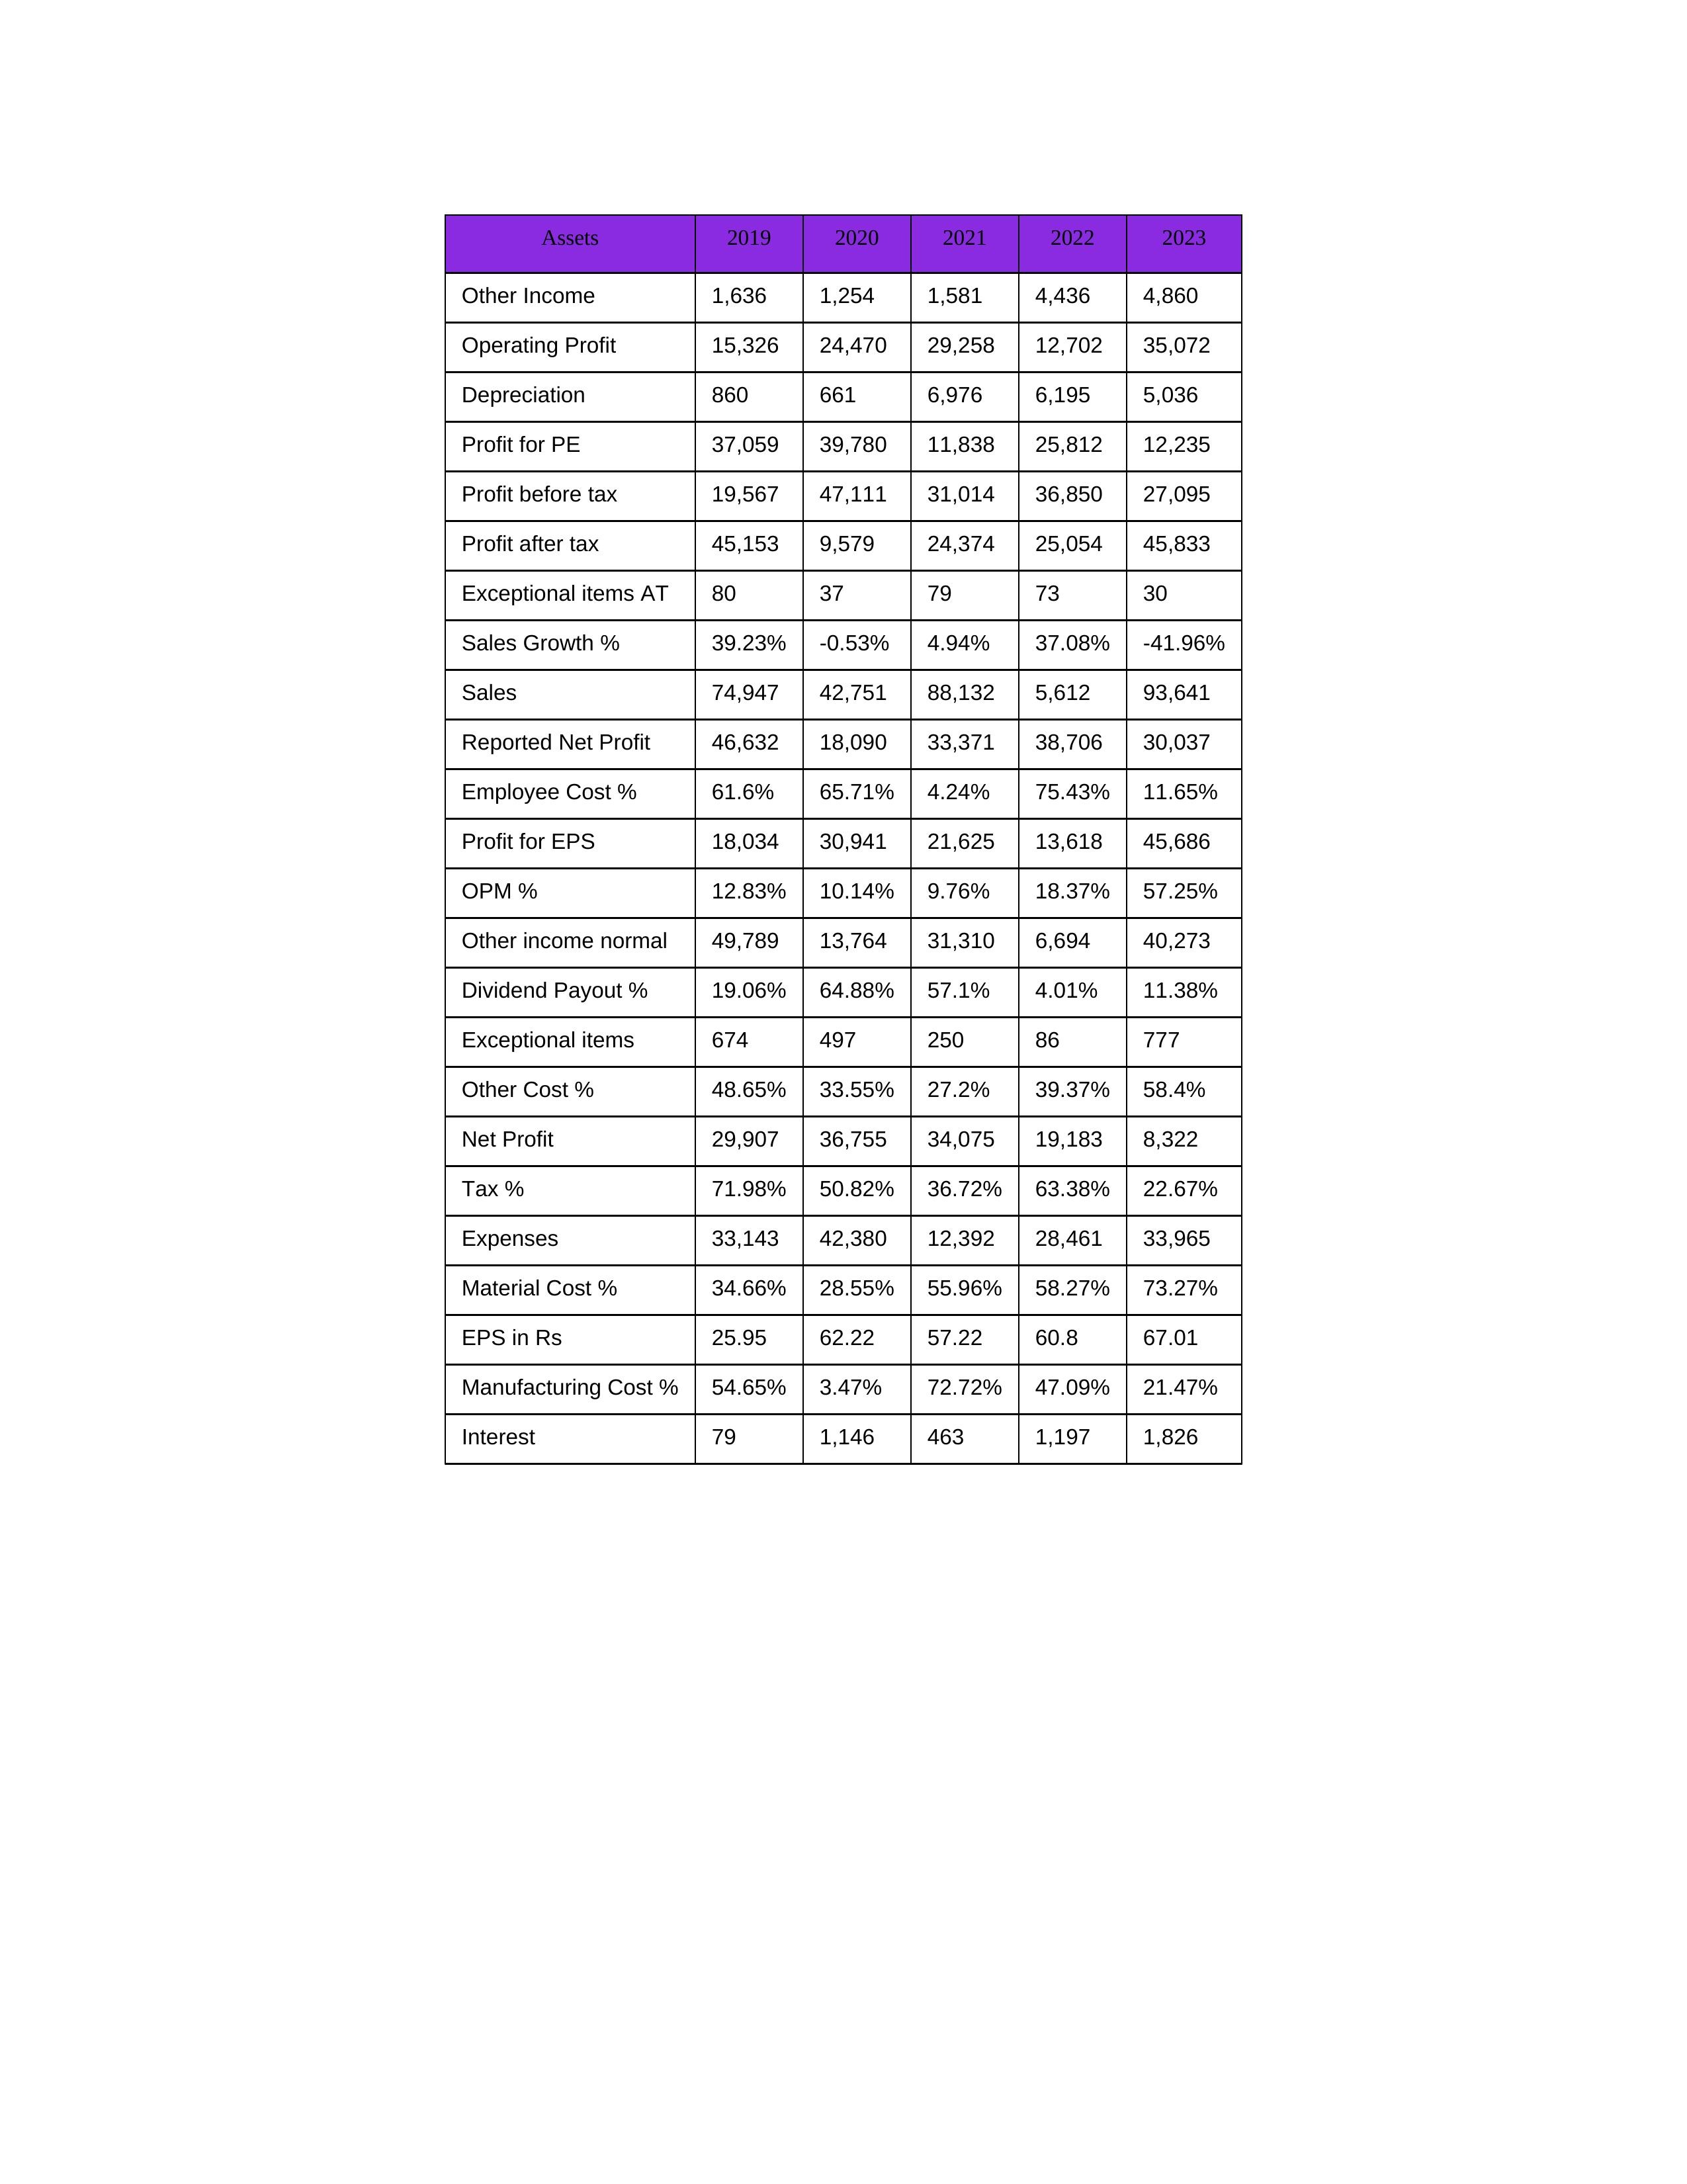
gt_parse: 2019: Sales: 74,947
Sales Growth %: 39.23%
Expenses: 33,143
Material Cost %: 34.66%
Manufacturing Cost %: 54.65%
Employee Cost %: 61.6%
Other Cost %: 48.65%
Operating Profit: 15,326
OPM %: 12.83%
Other Income: 1,636
Exceptional items: 674
Other income normal: 49,789
Interest: 79
Depreciation: 860
Profit before tax: 19,567
Tax %: 71.98%
Net Profit: 29,907
Profit after tax: 45,153
Reported Net Profit: 46,632
Profit for EPS: 18,034
Exceptional items AT: 80
Profit for PE: 37,059
EPS in Rs: 25.95
Dividend Payout %: 19.06%
2020: Sales: 42,751
Sales Growth %: -0.53%
Expenses: 42,380
Material Cost %: 28.55%
Manufacturing Cost %: 3.47%
Employee Cost %: 65.71%
Other Cost %: 33.55%
Operating Profit: 24,470
OPM %: 10.14%
Other Income: 1,254
Exceptional items: 497
Other income normal: 13,764
Interest: 1,146
Depreciation: 661
Profit before tax: 47,111
Tax %: 50.82%
Net Profit: 36,755
Profit after tax: 9,579
Reported Net Profit: 18,090
Profit for EPS: 30,941
Exceptional items AT: 37
Profit for PE: 39,780
EPS in Rs: 62.22
Dividend Payout %: 64.88%
2021: Sales: 88,132
Sales Growth %: 4.94%
Expenses: 12,392
Material Cost %: 55.96%
Manufacturing Cost %: 72.72%
Employee Cost %: 4.24%
Other Cost %: 27.2%
Operating Profit: 29,258
OPM %: 9.76%
Other Income: 1,581
Exceptional items: 250
Other income normal: 31,310
Interest: 463
Depreciation: 6,976
Profit before tax: 31,014
Tax %: 36.72%
Net Profit: 34,075
Profit after tax: 24,374
Reported Net Profit: 33,371
Profit for EPS: 21,625
Exceptional items AT: 79
Profit for PE: 11,838
EPS in Rs: 57.22
Dividend Payout %: 57.1%
2022: Sales: 5,612
Sales Growth %: 37.08%
Expenses: 28,461
Material Cost %: 58.27%
Manufacturing Cost %: 47.09%
Employee Cost %: 75.43%
Other Cost %: 39.37%
Operating Profit: 12,702
OPM %: 18.37%
Other Income: 4,436
Exceptional items: 86
Other income normal: 6,694
Interest: 1,197
Depreciation: 6,195
Profit before tax: 36,850
Tax %: 63.38%
Net Profit: 19,183
Profit after tax: 25,054
Reported Net Profit: 38,706
Profit for EPS: 13,618
Exceptional items AT: 73
Profit for PE: 25,812
EPS in Rs: 60.8
Dividend Payout %: 4.01%
2023: Sales: 93,641
Sales Growth %: -41.96%
Expenses: 33,965
Material Cost %: 73.27%
Manufacturing Cost %: 21.47%
Employee Cost %: 11.65%
Other Cost %: 58.4%
Operating Profit: 35,072
OPM %: 57.25%
Other Income: 4,860
Exceptional items: 777
Other income normal: 40,273
Interest: 1,826
Depreciation: 5,036
Profit before tax: 27,095
Tax %: 22.67%
Net Profit: 8,322
Profit after tax: 45,833
Reported Net Profit: 30,037
Profit for EPS: 45,686
Exceptional items AT: 30
Profit for PE: 12,235
EPS in Rs: 67.01
Dividend Payout %: 11.38%